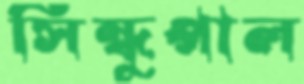
সিন্ধুপাল